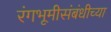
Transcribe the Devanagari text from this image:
रंगभूमीसंबंधीच्या